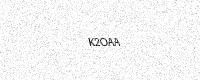
Text: K2OAA